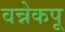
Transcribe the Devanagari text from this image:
वन्नेकपू